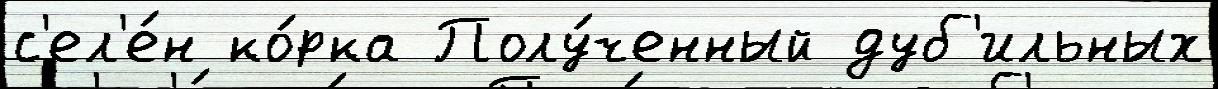
с'ел'е́н ко́рка Полу́ченный дуб'ильных